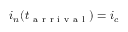
i _ { n } ( t _ { \mathrm { ~ a ~ r ~ r ~ i ~ v ~ a ~ l ~ } } ) = i _ { c }